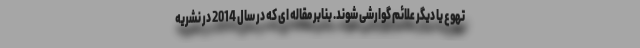
تهوع یا دیگر علائم گوارشی شوند. بنابر مقاله ای که در سال 2014 در نشریه